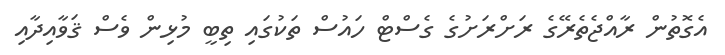
އެގޮތުން ރާއްޖެތެރޭގެ ރަށްރަށުގެ ގެސްޓް ހައުސް ތަކުގައި ތިބީ މުޅިން ވެސް ޤަވާއިދާއި